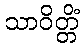
သာဝိတ္တိံ